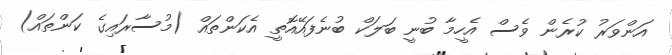
އަންވަރު ކުރެން ވެސް އެހީމާ ބުނީ ބަލަކް ބުނެފައޭއޮތީ އެކަންތައް (މުސާރައިގެ ކަންތައް)